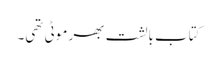
کتاب بالشت بھر موٹی تھی۔